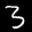
Label: 3